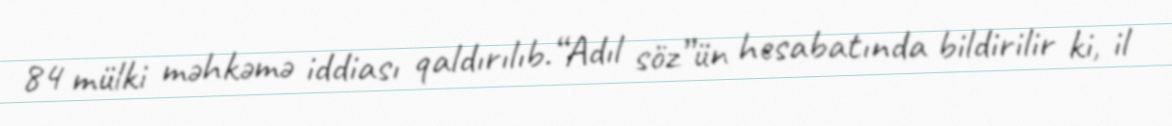
84 mülki məhkəmə iddiası qaldırılıb.“Adıl söz”ün hesabatında bildirilir ki, il